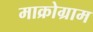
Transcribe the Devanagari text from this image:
माक्रोग्राम